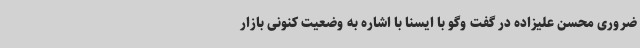
ضروری محسن علیزاده در گفت وگو با ایسنا با اشاره به وضعیت کنونی بازار